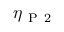
\eta _ { \mathrm { ~ P ~ 2 ~ } }